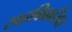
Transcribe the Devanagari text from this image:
सहविकसित